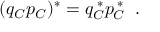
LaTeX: ( q _ { \cal C } p _ { \cal C } ) ^ { * } = q _ { \cal C } ^ { \; * } p _ { \cal C } ^ { \; * } \; \; .